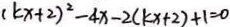
( k x + 2 ) ^ { 2 } - 4 x - 2 ( k x + 2 ) + 1 = 0